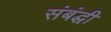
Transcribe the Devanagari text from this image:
संबंद्घी